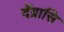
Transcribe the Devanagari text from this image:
दॅग्रासि